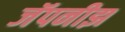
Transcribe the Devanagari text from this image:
जॅपनीझ